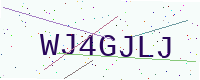
Text: WJ4GJLJ